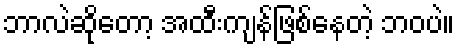
ဘာလဲဆိုတော့ အထီးကျန်ဖြစ်နေတဲ့ ဘဝပဲ။